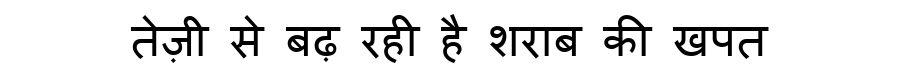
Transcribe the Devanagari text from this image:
तेज़ी से बढ़ रही है शराब की खपत